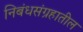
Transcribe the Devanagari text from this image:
निबंधसंग्रहातील